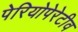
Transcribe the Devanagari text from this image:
पेरियोपेरेटीव